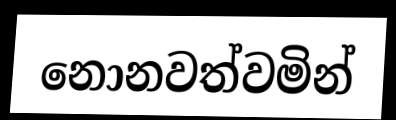
නොනවත්වමින්